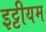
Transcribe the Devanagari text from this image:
इट्टीयम